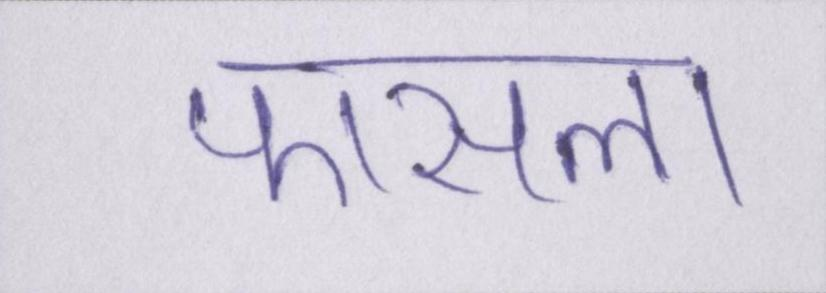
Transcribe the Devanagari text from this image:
फासला